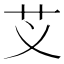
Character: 𮶝